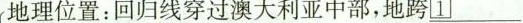
地理位置：回归线穿过澳大利亚中部，地跨____________